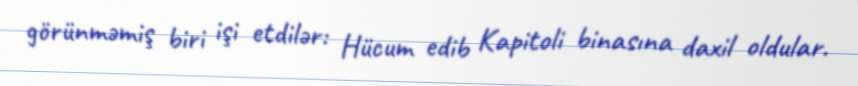
görünməmiş biri işi etdilər: Hücum edib Kapitoli binasına daxil oldular.